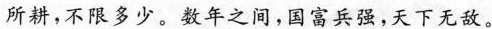
所耕，不限多少。数年之间，国富兵强，天下无敌。